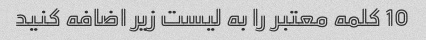
10 کلمه معتبر را به لیست زیر اضافه کنید